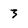
Character: 3